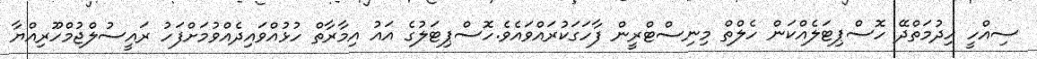
ސިއްހީ ހިދުމަތްދޭ ހޮސްޕިޓަލެއްކަން ހެލްތް މިނިސްޓްރީން ފާހަގަކުރައްވައެވެ.ހޮސްޕިޓަލުގެ އައު އިމާރާތް ހުޅުއްވައިދެއްވުމަށްފަހު ރައީސުލްޖުމްހޫރިއްޔާ